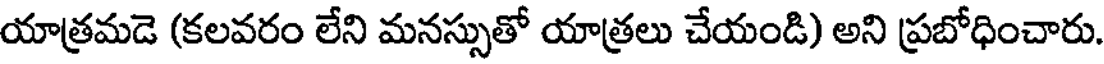
యాత్రమడె (కలవరం లేని మనస్సుతో యాత్రలు చేయండి) అని ప్రబోధించారు.